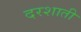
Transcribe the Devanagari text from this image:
दरशाती